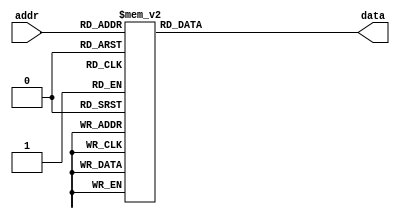
`timescale 1ns / 1ps
//////////////////////////////////////////////////////////////////////////////////
// Company: 
// Engineer: 
// 
// Design Name: 
// Module Name:    ROM_CardD 
// Project Name: 
// Target Devices: 
// Tool versions: 
// Description: 
//
// Dependencies: 
//
// Revision: 
// Revision 0.01 - File Created
// Additional Comments: 
//
//////////////////////////////////////////////////////////////////////////////////
module ROM_CardD(
    input [6:0] addr,
    output reg [269:0] data
    );

always @* begin
	case(addr)
		7'h0: data = 270'b011011011011011011011011011011011011011011011011011011011011011011011011011011011011011011011011011011011011011011011011011011011011011011011011011011011011011011011011011011011011011011011011011011011011011011011011011011011011011011011011011011011011011011011011011011;
		7'h1: data = 270'b011011011011011011011011011011011011011011011011011011011011011011011011011011011011011011011011011011011011011011011011011011011011011011011011011011011011011011011011011011011011011011011011011011011011011011011011011011011011011011011011011011011011011011011011011011;
		7'h2: data = 270'b011011011011011011011011011011011011011011011011011011011011011011011011011011011011011011011011011011011011011011011011011011011011011011011011011011011011011011011011011011011011011011011011011011011011011011011011011011011011011011011011011011011011011011011011011011;
		7'h3: data = 270'b011011011111111111111111111111111111111111111111111111111111111111111111111111111111111111111111111111111111111111111111111111111111111111111111111111111111111111111111111111111111111111111111111111111111111111111111111111111111111111111111111111111111111111111011011011;
		7'h4: data = 270'b011011011111111111111111111111111111111111111111111111111111111111111111111111111111111111111111111111111111111111111111111111111111111111111111111111111111111111111111111111111111111111111111111111111111111111111111111111111111111111111111111111111111111111111011011011;
		7'h5: data = 270'b011011011111111111111111111111111111111111111111111111111111111111111111111111111111111111111111111111111111111111111111111111111111111111111111111111111111111111111111111111111111111111111111111111111111111111111111111111111111111111111111111111111111111111111011011011;
		7'h6: data = 270'b011011011111111111111111111111111111111111111111111111111111111111111111111111111111111111111111111111111111111111111111111111111111111111111111111111111111111111111111111111111111111111111111111111111111111111111111111111111111111111111111111111111111111111111011011011;
		7'h7: data = 270'b011011011111111111111111111111111111111111111111111111111111111111111111111111111111111111111111111111111111111111111111111111111111111111111111111111111111111111111111111111111111111111111111111111111111111111111111111111111111111111111111111111111111111111111011011011;
		7'h8: data = 270'b011011011111111111111111111111111111111111111111111111111111111111111111111111111111111111111111111111111111111111111111111111111111111111111111111111111111111111111111111111111111111111111111111111111111111111111111111111111111111111111111111111111111111111111011011011;
		7'h9: data = 270'b011011011111111111111111111111111111111111111111111111111111111111111111111111111111111111111111111111111111111111111111111111111111111111111111111111111111111111111111111111111111111111111111111111111111111111111111111111111111111111111111111111111111111111111011011011;
		7'ha: data = 270'b011011011111111111111111111111111111111111111111111111111111111111111111111111111111111111111111111111111111111111111111111111111111111111111111111111111111111111111111111111111111111111111111111111111111111111111111111111111111111111111111111111111111111111111011011011;
		7'hb: data = 270'b011011011111111111111111111111111111111111111111111111111111111111111111111111111111111111111111111111111111111111111111111111111111111111111111111111111111111111111111111111111111111111111111111111111111111111111111111111111111111111111111111111111111111111111011011011;
		7'hc: data = 270'b011011011111111111111111111111111111111111111111111111111111111111111111111111111111111111111111111111111111111111111111111111111111111111111111111111111111111111111111111111111111111111111111111111111111111111111111111111111111111111111111111111111111111111111011011011;
		7'hd: data = 270'b011011011111111111111111111111111111111111111111111111111111111111111111111111111111111111111111111111111111111111111111111111111011011011111111111111111111111111011011011111111111111111111111111111111111111111111111111111111111111111111111111111111111111111111011011011;
		7'he: data = 270'b011011011111111111111111111111111111111111111111111111111111111111111111111111111111111111111111111111111111111111111111111111011011011011111111111111111111111011011011011011111111111111111111111111111111111111111111111111111111111111111111111111111111111111111011011011;
		7'hf: data = 270'b011011011111111111111111111111111111111111111111111111111111111111111111111111111111111111111111111111111111111111111111111011011011011011111111111111111111111011011011011011111111111111111111111111111111111111111111111111111111111111111111111111111111111111111011011011;
		7'h10: data = 270'b011011011111111111111111111111111111111111111111111111111111111111111111111111111111111111111111111111111111111111111111111011011011011011111111111111111111011011011011011011111111111111111111111111111111111111111111111111111111111111111111111111111111111111111011011011;
		7'h11: data = 270'b011011011111111111111111111111111111111111111111111111111111111111111111111111111111111111111111111111111111111111111111111011011011011011111111111111111111011011011011011111111111111111111111111111111111111111111111111111111111111111111111111111111111111111111011011011;
		7'h12: data = 270'b011011011111111111111111111111111111111111111111111111111111111111111111111111111111111111111111111111111111111111111111011011011011011011111111111111111011011011011011011111111111111111111111111111111111111111111111111111111111111111111111111111111111111111111011011011;
		7'h13: data = 270'b011011011111111111111111111111111111111111111111111111111111111111111111111111111111111111111111111111111111111111111111011011011011011111111111111111111011011011011011011111111111111111111111111111111111111111111111111111111111111111111111111111111111111111111011011011;
		7'h14: data = 270'b011011011111111111111111111111111111111111111111111111111111111111111111111111111111111111111111111111111111111111111111011011011011011111111111111111011011011011011011111111111111111111011011011111111111111111111111111111111111111111111111111111111111111111111011011011;
		7'h15: data = 270'b011011011111111111111111111111111111111111111111111111111111111111111111111111111111111111111111111111111111111111111111011011011011011111111111111111011011011011011011111111111111111011011011011111111111111111111111111111111111111111111111111111111111111111111011011011;
		7'h16: data = 270'b011011011111111111111111111111111111111111111111111111111111111111111111111111111111111111111111111111111111111111111011011011011011011111111111111011011011011011011011111111111111111011011011011111111111111111111111111111111111111111111111111111111111111111111011011011;
		7'h17: data = 270'b011011011111111111111111111111111111111111111111111111111111111111111111111111111111111111111111111111111111111111111011011011011011011111111111111011011011011011011111111111111111011011011011011111111111111111111111111111111111111111111111111111111111111111111011011011;
		7'h18: data = 270'b011011011111111111111111111111111111111111111111111111111111111111111111111111111111111111111111111111111111111111111011011011011011011111111111111011011011011011011111111111111111011011011011011111111111111111111111111111111111111111111111111111111111111111111011011011;
		7'h19: data = 270'b011011011111111111111111111111111111111111111111111111111111111111111111111111111111111111111111111111111111111111111011011011011011011111111111011011011011011011011111111111111111011011011011011111111111111111111111111111111111111111111111111111111111111111111011011011;
		7'h1a: data = 270'b011011011111111111111111111111111111111111111111111111111111111111111111111111111111111111111111111111111111111111011011011011011011111111111111011011011011011011111111111111111011011011011011111111111111111111111111111111111111111111111111111111111111111111111011011011;
		7'h1b: data = 270'b011011011111111111111111111111111111111111111111111111111111111111011111111111111111111111111111111111111111111111011011011011011011111111111111011011011011011011111111111111111011011011011011111111111111111111111111111111111111111111111111111111111111111111111011011011;
		7'h1c: data = 270'b011011011111111111111111111111111111111111111111111111111111111011011011011111111111111111111111111111111111111111011011011011011011111111111011011011011011011011111111111111011011011011011011111111111111111111111111111111111111111111111111111111111111111111111011011011;
		7'h1d: data = 270'b011011011111111111111111111111111111111111111111111111111111111011011011011011111111111111111111111111111111111111011011011011011011111111111011011011011011011011111111111111011011011011011111111111111111111111111111111111111111111111111111111111111111111111111011011011;
		7'h1e: data = 270'b011011011111111111111111111111111111111111111111111111111111111011011011011011011111111111111111111111111111111111011011011011011011111111011011011011011011011111111111111011011011011011011111111111111111111111111111111111111111111111111111111111111111111111111011011011;
		7'h1f: data = 270'b011011011111111111111111111111111111111111111111111111111111111011011011011011011111111111111111111111111111111011011011011011011011111111011011011011011011011111111111111011011011011011111111111111111111111111111111111111111111111111111111111111111111111111111011011011;
		7'h20: data = 270'b011011011111111111111111111111111111111111111111111111111111111011011011011011011011111111111111111111111111111011011011011011011011111111011011011011011011011111111111011011011011011011111111111111111111111111111111111111111111111111111111111111111111111111111011011011;
		7'h21: data = 270'b011011011111111111111111111111111111111111111111111111111111111011011011011011011011111111111111111111111111111011011011011011011011111111011011011011011011011111111111011011011011011011111111111111111111111111111111111111111111111111111111111111111111111111111011011011;
		7'h22: data = 270'b011011011111111111111111111111111111111111111111111111111111111011011011011011011011111111111111111111111111111011011011011011011011111011011011011011011011111111111011011011011011011011111111111111111111111111011011011111111111111111111111111111111111111111111011011011;
		7'h23: data = 270'b011011011111111111111111111111111111111111111111111111111111111111011011011011011011111111111111111111111111111011011011011011011011111011011011011011011011111111011011011011011011011111111111111111111111111011011011011011111111111111111111111111111111111111111011011011;
		7'h24: data = 270'b011011011111111111111111111111111111111111111111111111111111111111011011011011011011111111111111111111111111011011011011011011011011011011011011011011011011111111011011011011011011011111111111111111111111111011011011011011111111111111111111111111111111111111111011011011;
		7'h25: data = 270'b011011011111111111111111111111111111111111111111111111111111111111011011011011011011011111111111111111111111011011011011011011011011011011011011011011011011111011011011011011011011111111111111111111111111011011011011011111111111111111111111111111111111111111111011011011;
		7'h26: data = 270'b011011011111111111111111111111111111111111111111111111111111111111011011011011011011011111111111111111111111011011011011011011011011011011011011011011011111111011011011011011011011111111111111111111111011011011011011011111111111111111111111111111111111111111111011011011;
		7'h27: data = 270'b011011011111111111111111111111111111111111111111111111111111111111011011011011011011011111111111111111111011011011011011011011011011011011011011011011011011011011011011011011011111111111111111111111011011011011011011111111111111111111111111111111111111111111111011011011;
		7'h28: data = 270'b011011011111111111111111111111111111111111111111111111111111111111111011011011011011011111111111111111111011011011011011011011011011011011011011011011011011011011011011011011011111111111111111111011011011011011011111111111111111111111111111111111111111111111111011011011;
		7'h29: data = 270'b011011011111111111111111111111111111111111111111111111111111111111111011011011011011011111111111111111011011011011011011011011011011011011011011011011011011011011011011011011111111111111111111011011011011011011011111111111111111111111111111111111111111111111111011011011;
		7'h2a: data = 270'b011011011111111111111111111111111111111111111111111111111111111111111011011011011011011011111111111111011011011011011011011011011011011011011011011011011011011011011011011011111111111111111011011011011011011011111111111111111111111111111111111111111111111111111011011011;
		7'h2b: data = 270'b011011011111111111111111111111111111111111111111111111111111111111111011011011011011011011111111011011011011011011011011011011011011011011011011011011011011011011011011011111111111111111011011011011011011011111111111111111111111111111111111111111111111111111111011011011;
		7'h2c: data = 270'b011011011111111111111111111111111111111111111111111111111111111111111011011011011011011011011011011011011011011011011011011011011011011011011011011011011011011011011011011111111111111011011011011011011011111111111111111111111111111111111111111111111111111111111011011011;
		7'h2d: data = 270'b011011011111111111111111111111111111111111111111111111111111111111111011011011011011011011011011011011011011011011011011011011011011011011011011011011011011011011011011111111111111011011011011011011011111111111111111111111111111111111111111111111111111111111111011011011;
		7'h2e: data = 270'b011011011111111111111111111111111111111111111111111111111111111111111011011011011011011011011011011011011011011011011011011011011011011011011011011011011011011011011011011111111011011011011011011011111111111111111111111111111111111111111111111111111111111111111011011011;
		7'h2f: data = 270'b011011011111111111111111111111111111111111111111111111111111111111111011011011011011011011011011011011011011011011011011011011011011011011011011011011011011011011011011011011011011011011011011011011111111111111111111111111111111111111111111111111111111111111111011011011;
		7'h30: data = 270'b011011011111111111111111111111111111111111111111111111111111111111111011011011011011011011011011011011011011011011011011011011011011011011011011011011011011011011011011011011011011011011011011011111111111111111111111111111111111111111111111111111111111111111111011011011;
		7'h31: data = 270'b011011011111111111111111111111111111111111111111111111111111111111111011011011011011011011011011011011011011011011011011011011011011011011011011011011011011011011011011011011011011011011011011111111111111111111111111111111111111111111111111111111111111111111111011011011;
		7'h32: data = 270'b011011011111111111111111111111111111111111111111111111111111111111111111011011011011011011011011011011011011011011011011011011011011011011011011011011011011011011011011011011011011011011011111111111111111111111111111111111111111111111111111111111111111111111111011011011;
		7'h33: data = 270'b011011011111111111111111111111111111111111111111111111111111111111111111011011011011011011011011011011011011011011011011011011011011011011011011011011011011011011011011011011011011011011111111111111111111111111111111111111111111111111111111111111111111111111111011011011;
		7'h34: data = 270'b011011011111111111111111111111111111111111111111111111111111111111111111011011011011011011011011011011011011011011011011011011011011011011011011011011011011011011011011011011011011011111111111111111111111111111111111111111111111111111111111111111111111111111111011011011;
		7'h35: data = 270'b011011011111111111111111111111111111111111111111111111111111111111111111011011011011011011011011011011011011011011011011011011011011011011011011011011011011011011011011011011011011111111111111111111111111111111111111111111111111111111111111111111111111111111111011011011;
		7'h36: data = 270'b011011011111111111111111111111111111111111111111111111111111111111111111011011011011011011011011011011011011011011011011011011011011011011011011011011011011011011011011011011011011111111111111111111111111111111111111111111111111111111111111111111111111111111111011011011;
		7'h37: data = 270'b011011011111111111111111111111111111111111111111111111111111111111111111111011011011011011011011011011011011011011011011011011011011011011011011011011011011011011011011011011011111111111111111111111111111111111111111111111111111111111111111111111111111111111111011011011;
		7'h38: data = 270'b011011011111111111111111111111111111111111111111111111111111111111111111111011011011011011011011011011011011011011011011011011011011011011011011011011011011011011011011011011011111111111111111111111111111111111111111111111111111111111111111111111111111111111111011011011;
		7'h39: data = 270'b011011011111111111111111111111111111111111111111111111111111111111111111111011011011011011011011011011011011011011011011011011011011011011011011011011011011011011011011011011111111111111111111111111111111111111111111111111111111111111111111111111111111111111111011011011;
		7'h3a: data = 270'b011011011111111111111111111111111111111111111111111111111111111111111111111111011011011011011011011011011011011011011011011011011011011011011011011011011011011011011011011011111111111111111111111111111111111111111111111111111111111111111111111111111111111111111011011011;
		7'h3b: data = 270'b011011011111111111111111111111111111111111111111111111111111111111111111111111011011011011011011011011011011011011011011011011011011011011011011011011011011011011011011011111111111111111111111111111111111111111111111111111111111111111111111111111111111111111111011011011;
		7'h3c: data = 270'b011011011111111111111111111111111111111111111111111111111111111111111111111111011011011011011011011011011011011011011011011011011011011011011011011011011011011011011011011111111111111111111111111111111111111111111111111111111111111111111111111111111111111111111011011011;
		7'h3d: data = 270'b011011011111111111111111111111111111111111111111111111111111111111111111111111111011011011011011011011011011011011011011011011011011011011011011011011011011011011011011111111111111111111111111111111111111111111111111111111111111111111111111111111111111111111111011011011;
		7'h3e: data = 270'b011011011111111111111111111111111111111111111111111111111111111111111111111111111011011011011011011011011011011011011011011011011011011011011011011011011011011011011011111111111111111111111111111111111111111111111111111111111111111111111111111111111111111111111011011011;
		7'h3f: data = 270'b011011011111111111111111111111111111111111111111111111111111111111111111111111111011011011011011011011011011011011011011011011011011011011011011011011011011011011011111111111111111111111111111111111111111111111111111111111111111111111111111111111111111111111111011011011;
		7'h40: data = 270'b011011011111111111111111111111111111111111111111111111111111111111111111111111111111011011011011011011011011011011011011011011011011011011011011011011011011011011011111111111111111111111111111111111111111111111111111111111111111111111111111111111111111111111111011011011;
		7'h41: data = 270'b011011011111111111111111111111111111111111111111111111111111111111111111111111111111011011011011011011011011011011011011011011011011011011011011011011011011011011111111111111111111111111111111111111111111111111111111111111111111111111111111111111111111111111111011011011;
		7'h42: data = 270'b011011011111111111111111111111111111111111111111111111111111111111111111111111111111111011011011011011011011011011011011011011011011011011011011011011011011011111111111111111111111111111111111111111111111111111111111111111111111111111111111111111111111111111111011011011;
		7'h43: data = 270'b011011011111111111111111111111111111111111111111111111111111111111111111111111111111111111011011011011011011011011011011011011011011011011011011011011011011111111111111111111111111111111111111111111111111111111111111111111111111111111111111111111111111111111111011011011;
		7'h44: data = 270'b011011011111111111111111111111111111111111111111111111111111111111111111111111111111111111111111011011011011011011011011011011011011011011011011011011011111111111111111111111111111111111111111111111111111111111111111111111111111111111111111111111111111111111111011011011;
		7'h45: data = 270'b011011011111111111111111111111111111111111111111111111111111111111111111111111111111111111111111111011011011011011011011011011011011011011011011011011111111111111111111111111111111111111111111111111111111111111111111111111111111111111111111111111111111111111111011011011;
		7'h46: data = 270'b011011011111111111111111111111111111111111111111111111111111111111111111111111111111111111111111111111111111111011011011011011011011011011011011011111111111111111111111111111111111111111111111111111111111111111111111111111111111111111111111111111111111111111111011011011;
		7'h47: data = 270'b011011011111111111111111111111111111111111111111111111111111111111111111111111111111111111111111111111111111111111111111011011011011011011111111111111111111111111111111111111111111111111111111111111111111111111111111111111111111111111111111111111111111111111111011011011;
		7'h48: data = 270'b011011011111111111111111111111111111111111111111111111111111111111111111111111111111111111111111111111111111111111111111111111111111111111111111111111111111111111111111111111111111111111111111111111111111111111111111111111111111111111111111111111111111111111111011011011;
		7'h49: data = 270'b011011011111111111111111111111111111111111111111111111111111111111111111111111111111111111111111111111111111111111111111111111111111111111111111111111111111111111111111111111111111111111111111111111111111111111111111111111111111111111111111111111111111111111111011011011;
		7'h4a: data = 270'b011011011111111111111111111111111111111111111111111111111111111111111111111111111111111111111111111111111111111111111111111111111111111111111111111111111111111111111111111111111111111111111111111111111111111111111111111111111111111111111111111111111111111111111011011011;
		7'h4b: data = 270'b011011011111111111111111111111111111111111111111111111111111111111111111111111111111111111111111111111111111111111111111111111111111111111111111111111111111111111111111111111111111111111111111111111111111111111111111111111111111111111111111111111111111111111111011011011;
		7'h4c: data = 270'b011011011111111111111111111111111111111111111111111111111111111111111111111111111111111111111111111111111111111111111111111111111111111111111111111111111111111111111111111111111111111111111111111111111111111111111111111111111111111111111111111111111111111111111011011011;
		7'h4d: data = 270'b011011011111111111111111111111111111111111111111111111111111111111111111111111111111111111111111111111111111111111111111111111111111111111111111111111111111111111111111111111111111111111111111111111111111111111111111111111111111111111111111111111111111111111111011011011;
		7'h4e: data = 270'b011011011111111111111111111111111111111111111111111111111111111111111111111111111111111111111111111111111111111111111111111111111111111111111111111111111111111111111111111111111111111111111111111111111111111111111111111111111111111111111111111111111111111111111011011011;
		7'h4f: data = 270'b011011011111111111111111111111111111111111111111111111111111111111111111111111111111111111111111111111111111111111111111111111111111111111111111111111111111111111111111111111111111111111111111111111111111111111111111111111111111111111111111111111111111111111111011011011;
		7'h50: data = 270'b011011011111111111111111111111111111111111111111111111111111111111111111111111111111111111111111111111111111111111111111111111111111111111111111111111111111111111111111111111111111111111111111111111111111111111111111111111111111111111111111111111111111111111111011011011;
		7'h51: data = 270'b011011011111111111111111111111111111111111111111111111111111111111111111111111111111111111111111111111111111111111111111111111111111111111111111111111111111111111111111111111111111111111111111111111111111111111111111111111111111111111111111111111111111111111111011011011;
		7'h52: data = 270'b011011011111111111111111111111111111111111111111111111111111111111111111111111111111111111111111111111111111111111111111111111111111111111111111111111111111111111111111111111111111111111111111111111111111111111111111111111111111111111111111111111111111111111111011011011;
		7'h53: data = 270'b011011011111111111111111111111111111111111111111111111111111111111111111111111111111111111111111111111111111111111111111111111111111111111111111111111111111111111111111111111111111111111111111111111111111111111111111111111111111111111111111111111111111111111111011011011;
		7'h54: data = 270'b011011011111111111111111111111111111111111111111111111111111111111111111111111111111111111111111111111111111111111111111111111111111111111111111111111111111111111111111111111111111111111111111111111111111111111111111111111111111111111111111111111111111111111111011011011;
		7'h55: data = 270'b011011011111111111111111111111111111111111111111111111111111111111111111111111111111111111111111111111111111111111111111111111111111111111111111111111111111111111111111111111111111111111111111111111111111111111111111111111111111111111111111111111111111111111111011011011;
		7'h56: data = 270'b011011011111111111111111111111111111111111111111111111111111111111111111111111111111111111111111111111111111111111111111111111111111111111111111111111111111111111111111111111111111111111111111111111111111111111111111111111111111111111111111111111111111111111111011011011;
		7'h57: data = 270'b011011011011011011011011011011011011011011011011011011011011011011011011011011011011011011011011011011011011011011011011011011011011011011011011011011011011011011011011011011011011011011011011011011011011011011011011011011011011011011011011011011011011011011011011011011;
		7'h58: data = 270'b011011011011011011011011011011011011011011011011011011011011011011011011011011011011011011011011011011011011011011011011011011011011011011011011011011011011011011011011011011011011011011011011011011011011011011011011011011011011011011011011011011011011011011011011011011;
		7'h59: data = 270'b011011011011011011011011011011011011011011011011011011011011011011011011011011011011011011011011011011011011011011011011011011011011011011011011011011011011011011011011011011011011011011011011011011011011011011011011011011011011011011011011011011011011011011011011011011;

		default: data = 270'b0;
	endcase
end

endmodule